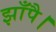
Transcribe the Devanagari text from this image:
झाँपै।